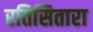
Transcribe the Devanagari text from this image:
रतिसितारा